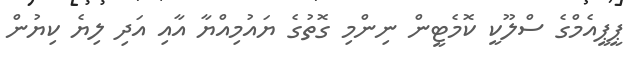
ޕީޕީއެމްގެ ސްލޫކީ ކޮމެޓީން ނިންމި ގޮތުގެ ޔައުމިއްޔާ އާއި އަދި ލިޔެ ކިޔުން